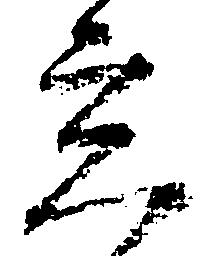
立